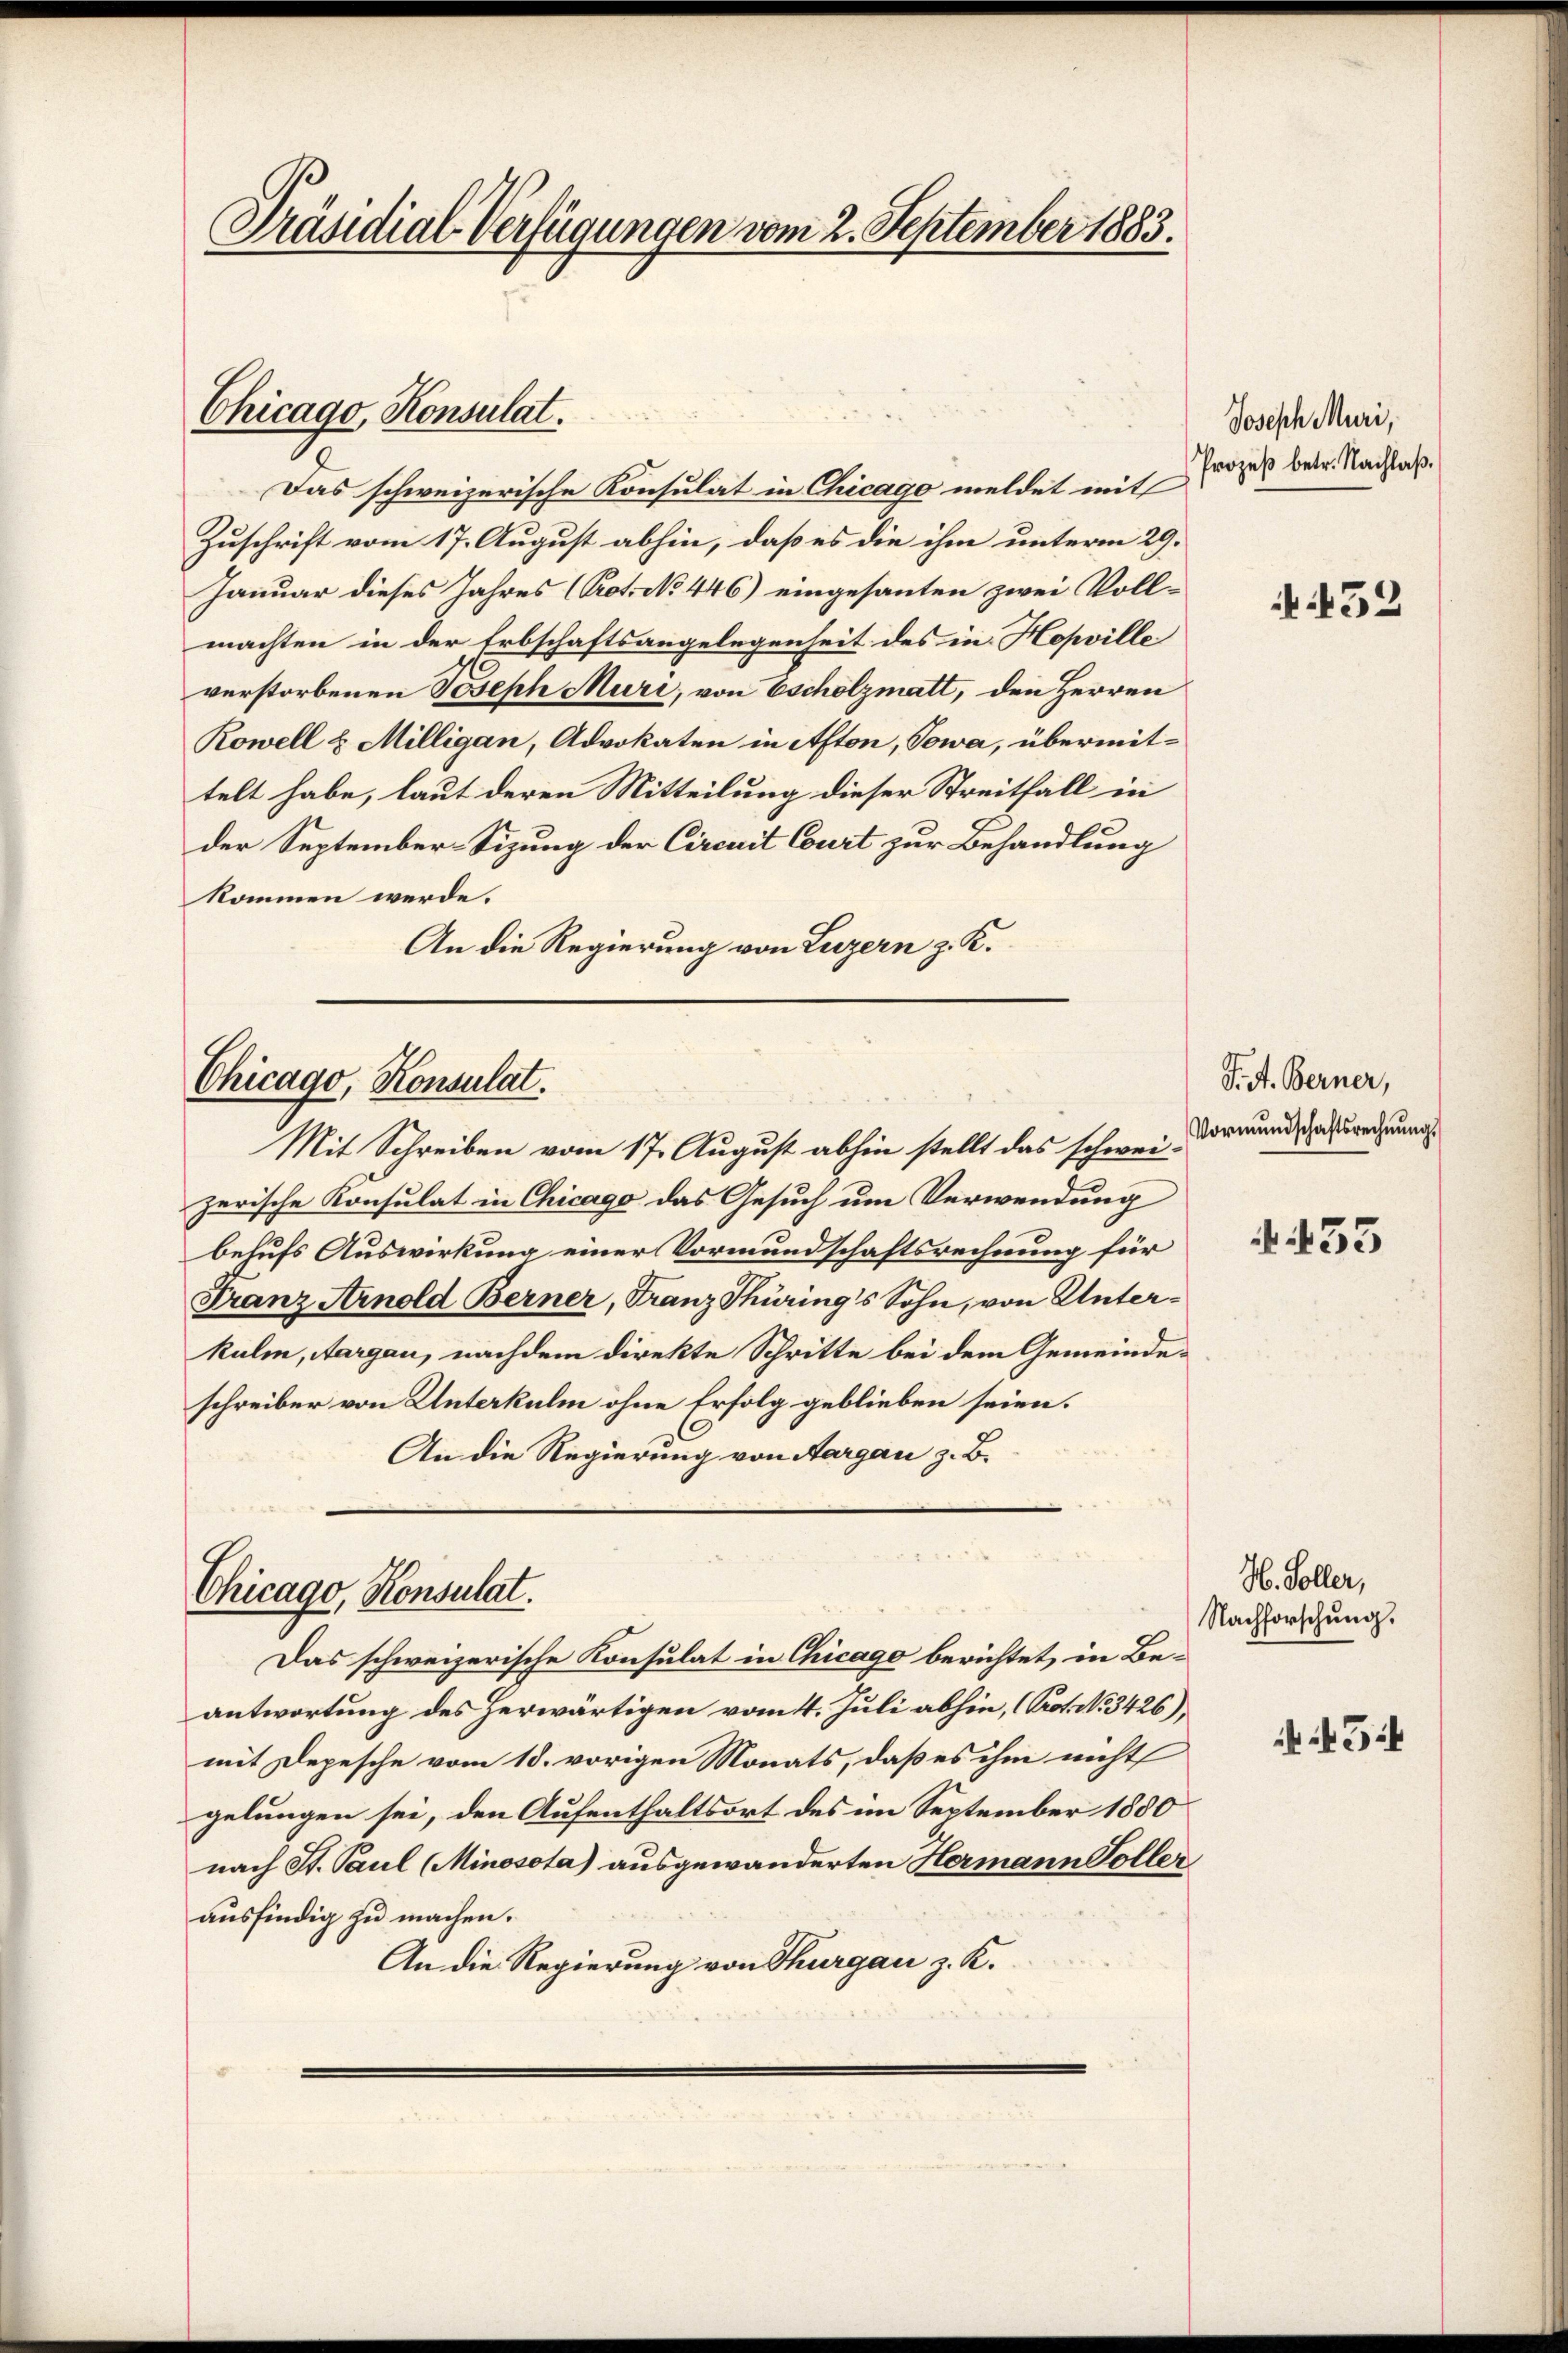
Präsidial-Verfügungen vom 2. September 1883.

Chicago, Konsulat.

Das schweizerische Konsulat in Chicago meldet mit
Zuschrift vom 17. August abhin, daß es die ihm unterm 29.
Januar dieses Jahres (Prot. No 446) eingesanten zwei Vollmachten in der Erbschaftsangelegenheit des in Hopville
verstorbenen Joseph Muri, von Escholzmatt, den Herren
Rowell & Milligan, Advokaten in Afton, Towa, übermittelt habe, laut deren Mitteilung dieser Streitfall in
der September-Sizung der Circuit Court zur Behandlung
kommen werde.
An die Regierung von Luzern z. K.

Chicago, Konsulat.
Mit Schreiben vom 17. August abhin stellt das schwei-

zerische Konsulat in Chicago das Gesuch um Verwendung
behufs Auswirkung einer Vormundschaftsrechnung für
Franz Arnold Berner, Franz Thüring's Sohn, von Unterkulm, Aargau, nachdem direkte Schritte bei dem Gemeinde-
schreiber von Unterkulm ohne Erfolg geblieben seien.
An die Regierung von Aargau z. B.

Das schweizerische Konsulat in Chicago berichtet, in Be-
antwortung des herwärtigen vom 4. Juli abhin, (Prot. No. 3426)
mit Depesche vom 18. vorigen Monats, daß es ihm nicht
gelungen sei, den Aufenthaltsort des im September 1880
nach St. Paul (Minosota) ausgewanderten Hermann Toller
ausfindig zu machen.
An die Regierung von Thurgau z. K.

Chicago, Konsulat.

Joseph Muri,
Prozeß betr. Nachlaß.

52

T.A. Berner,
Vormundschaftsrechnung.

§ 53

H. Soller,
Nachforschung.

3